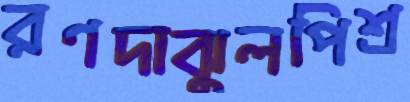
রণদাঝুলপিশ্র